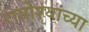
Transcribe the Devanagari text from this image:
रामोश्यांच्या